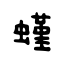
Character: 螼